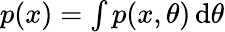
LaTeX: \textstyle p(x)=\int p(x,\theta)\operatorname{d}\! \theta